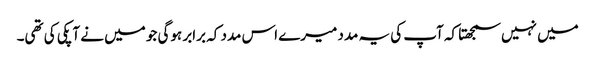
میں نہیں سمجھتا کہ آپ کی یہ مدد میرے اس مدد کہ برابر ہوگی جو میں نے آپکی کی تھی۔